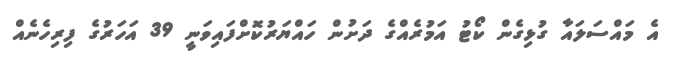
އެ މައްސަލައާ ގުޅިގެން ކޯޓު އަމުރެއްގެ ދަށުން ހައްޔަރުކޮށްފައިވަނީ 39 އަހަރުގެ ފިރިހެނެއް